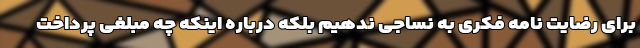
برای رضایت نامه فکری به نساجی ندهیم بلکه درباره اینکه چه مبلغی پرداخت